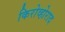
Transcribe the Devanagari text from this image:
किरोव्होराद